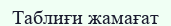
Таблиғи жамағат